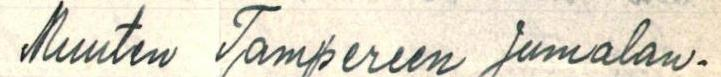
Muuten Tampereen Jumalan-